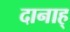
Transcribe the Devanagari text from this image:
दानाह्